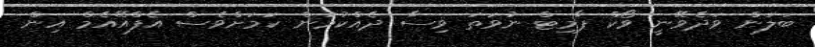
ބަލަން ވަދެވޭނީ ވޯކް ޕާމިޓް ނުވަތަ ވިސާ ދެއްކުމުން ކަމަށްވެސް އެފްއޭއެމް އިން